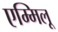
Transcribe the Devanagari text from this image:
एम्मिलू